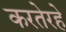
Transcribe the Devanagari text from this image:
करतेरहे